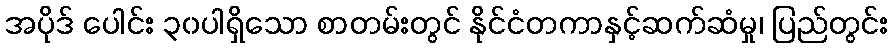
အပိုဒ် ပေါင်း ၃၀ပါရှိသော စာတမ်းတွင် နိုင်ငံတကာနှင့်ဆက်ဆံမှု၊ ပြည်တွင်း